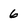
Character: 6